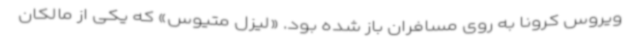
ویروس کرونا به روی مسافران باز شده بود. «لیزل متیوس» که یکی از مالکان